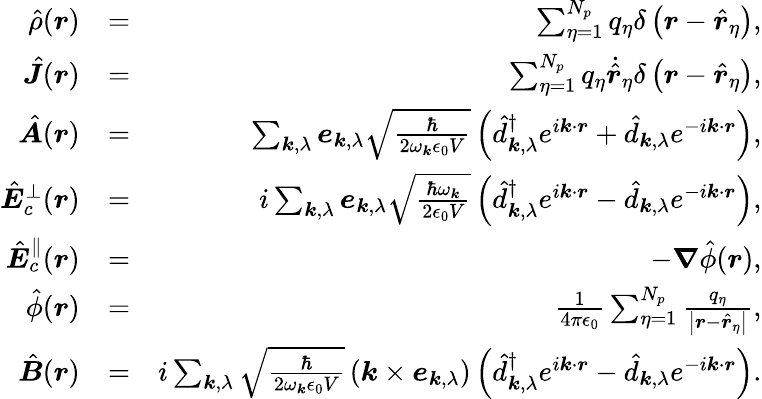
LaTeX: \begin{array}{rlr}{\hat{\rho}(\boldsymbol r)}&{=}&{\sum_{\eta=1}^{N_{p}}q_{\eta}\delta\left({\boldsymbol r}-\hat{\boldsymbol r}_{\eta}\right),}\\ {\hat{\boldsymbol J}(\boldsymbol r)}&{=}&{\sum_{\eta=1}^{N_{p}}q_{\eta}\dot{\hat{\boldsymbol{r}}}_{\eta}\delta\left({\boldsymbol r}-\hat{\boldsymbol r}_{\eta}\right),}\\ {\hat{\boldsymbol A}(\boldsymbol r)}&{=}&{\sum_{\boldsymbol k,\lambda}{\boldsymbol e}_{\boldsymbol k,\lambda}\sqrt{\frac{\hbar}{2\omega_{\boldsymbol k}\epsilon_{0}V}}\left(\hat{d}_{\boldsymbol k,\lambda}^{\dagger}e^{i\boldsymbol k\cdot\boldsymbol r}+\hat{d}_{\boldsymbol k,\lambda}e^{-i\boldsymbol k\cdot\boldsymbol r}\right),}\\ {\hat{\boldsymbol E}_{c}^{\perp}(\boldsymbol r)}&{=}&{i\sum_{\boldsymbol k,\lambda}{\boldsymbol e}_{\boldsymbol k,\lambda}\sqrt{\frac{\hbar\omega_{\boldsymbol k}}{2\epsilon_{0}V}}\left(\hat{d}_{\boldsymbol k,\lambda}^{\dagger}e^{i\boldsymbol k\cdot\boldsymbol r}-\hat{d}_{\boldsymbol k,\lambda}e^{-i\boldsymbol k\cdot\boldsymbol r}\right),}\\ {\hat{\boldsymbol E}_{c}^{\parallel}(\boldsymbol r)}&{=}&{-\boldsymbol\nabla\hat{\phi}(\boldsymbol r),}\\ {\hat{\phi}(\boldsymbol r)}&{=}&{\frac{1}{4\pi\epsilon_{0}}\sum_{\eta=1}^{N_{p}}\frac{q_{\eta}}{\left|\boldsymbol r-\hat{\boldsymbol r}_{\eta}\right|},}\\ {\hat{\boldsymbol B}(\boldsymbol r)}&{=}&{i\sum_{\boldsymbol k,\lambda}\sqrt{\frac{\hbar}{2\omega_{\boldsymbol k}\epsilon_{0}V}}\left(\boldsymbol k\times{\boldsymbol e}_{\boldsymbol k,\lambda}\right)\left(\hat{d}_{\boldsymbol k,\lambda}^{\dagger}e^{i\boldsymbol k\cdot\boldsymbol r}-\hat{d}_{\boldsymbol k,\lambda}e^{-i\boldsymbol k\cdot\boldsymbol r}\right).}\end{array}